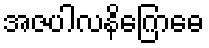
အဇပါလနိဂြောဓေ